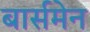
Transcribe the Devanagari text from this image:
बार्समेन